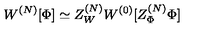
W ^ { ( N ) } [ \Phi ] \simeq Z _ { W } ^ { ( N ) } W ^ { ( 0 ) } [ Z _ { \Phi } ^ { ( N ) } \Phi ]